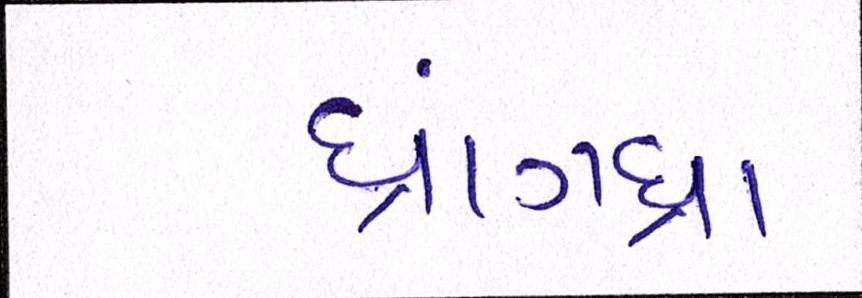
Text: ધ્રાંગધ્રા